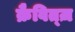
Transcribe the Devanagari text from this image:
क्रैवित्ज़